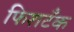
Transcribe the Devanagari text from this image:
फिशटँक